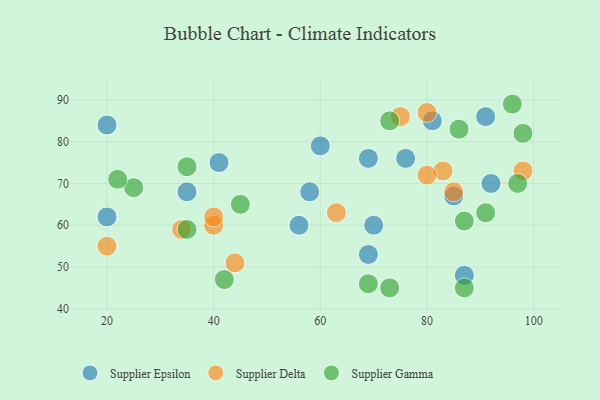
{"axis": {"x": "GDP", "y": "Life Expectancy"}, "legend": ["Supplier Delta", "Supplier Epsilon", "Supplier Gamma"], "data": [{"x": "20", "y": 62, "type": "Supplier Epsilon"}, {"x": "76", "y": 76, "type": "Supplier Epsilon"}, {"x": "81", "y": 85, "type": "Supplier Epsilon"}, {"x": "56", "y": 60, "type": "Supplier Epsilon"}, {"x": "87", "y": 48, "type": "Supplier Epsilon"}, {"x": "85", "y": 67, "type": "Supplier Epsilon"}, {"x": "92", "y": 70, "type": "Supplier Epsilon"}, {"x": "20", "y": 84, "type": "Supplier Epsilon"}, {"x": "35", "y": 68, "type": "Supplier Epsilon"}, {"x": "69", "y": 76, "type": "Supplier Epsilon"}, {"x": "58", "y": 68, "type": "Supplier Epsilon"}, {"x": "60", "y": 79, "type": "Supplier Epsilon"}, {"x": "70", "y": 60, "type": "Supplier Epsilon"}, {"x": "69", "y": 53, "type": "Supplier Epsilon"}, {"x": "41", "y": 75, "type": "Supplier Epsilon"}, {"x": "91", "y": 86, "type": "Supplier Epsilon"}, {"x": "83", "y": 73, "type": "Supplier Delta"}, {"x": "34", "y": 59, "type": "Supplier Delta"}, {"x": "40", "y": 60, "type": "Supplier Delta"}, {"x": "75", "y": 86, "type": "Supplier Delta"}, {"x": "63", "y": 63, "type": "Supplier Delta"}, {"x": "80", "y": 72, "type": "Supplier Delta"}, {"x": "40", "y": 62, "type": "Supplier Delta"}, {"x": "80", "y": 87, "type": "Supplier Delta"}, {"x": "44", "y": 51, "type": "Supplier Delta"}, {"x": "20", "y": 55, "type": "Supplier Delta"}, {"x": "98", "y": 73, "type": "Supplier Delta"}, {"x": "85", "y": 68, "type": "Supplier Delta"}, {"x": "98", "y": 82, "type": "Supplier Gamma"}, {"x": "69", "y": 46, "type": "Supplier Gamma"}, {"x": "86", "y": 83, "type": "Supplier Gamma"}, {"x": "42", "y": 47, "type": "Supplier Gamma"}, {"x": "35", "y": 74, "type": "Supplier Gamma"}, {"x": "25", "y": 69, "type": "Supplier Gamma"}, {"x": "22", "y": 71, "type": "Supplier Gamma"}, {"x": "35", "y": 59, "type": "Supplier Gamma"}, {"x": "73", "y": 45, "type": "Supplier Gamma"}, {"x": "97", "y": 70, "type": "Supplier Gamma"}, {"x": "96", "y": 89, "type": "Supplier Gamma"}, {"x": "87", "y": 61, "type": "Supplier Gamma"}, {"x": "45", "y": 65, "type": "Supplier Gamma"}, {"x": "87", "y": 45, "type": "Supplier Gamma"}, {"x": "73", "y": 85, "type": "Supplier Gamma"}, {"x": "91", "y": 63, "type": "Supplier Gamma"}]}